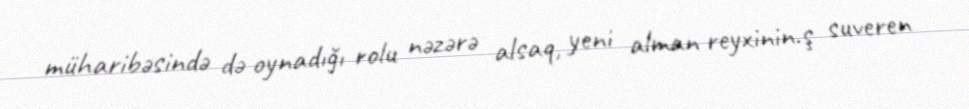
müharibəsində də oynadığı rolu nəzərə alsaq, yeni alman reyxinin.ş suveren